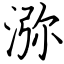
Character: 㳽